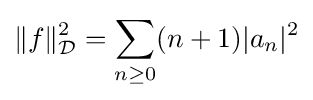
\|f\|_{\mathcal {D}}^{2}=\sum _{n\geq 0}(n+1)|a_{n}|^{2}